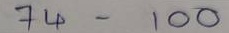
74 - 100